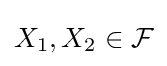
X_{1},X_{2}\in {\mathcal {F}}